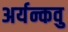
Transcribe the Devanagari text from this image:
अर्यन्कवु